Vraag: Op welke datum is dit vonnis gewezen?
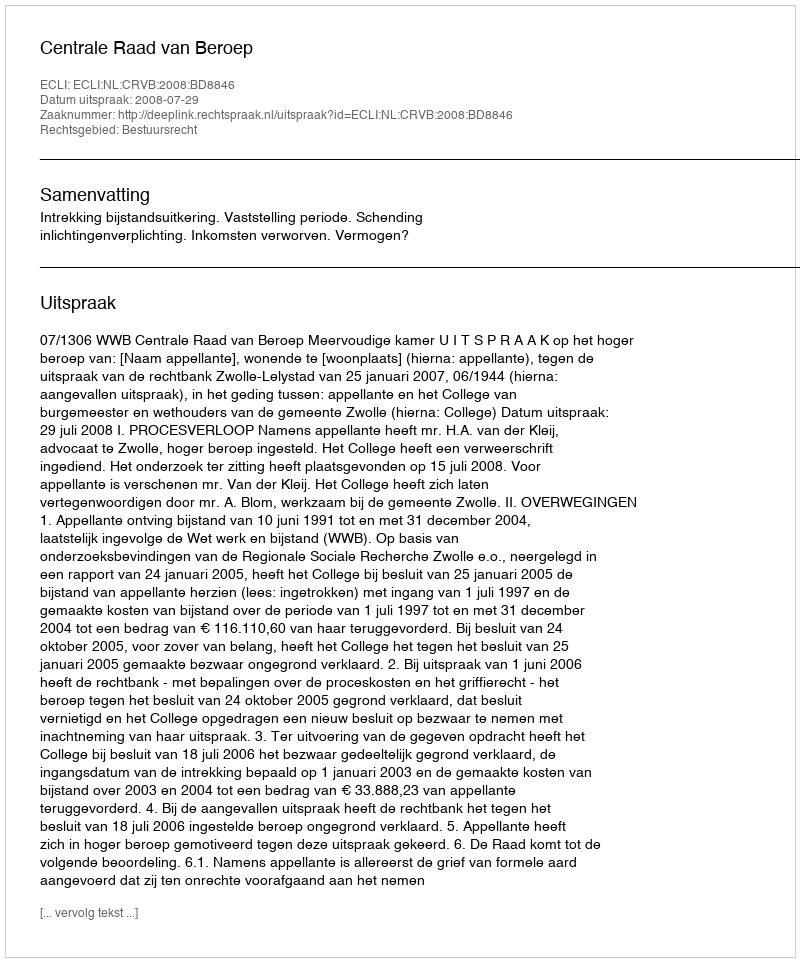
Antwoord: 2008-07-29